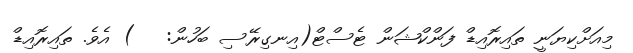
މިއަށްކިޔަނީ ތައިރޮއިޑް ފަންކްޝަން ޓެސްޓް(އިނގިރޭސި ބަހުން:   ) އެވެ. ތައިރޮއިޑް